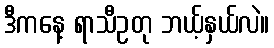
ဒီကနေ့ ရာသီဥတု ဘယ့်နှယ်လဲ။